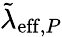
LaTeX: \tilde{\lambda}_{\mathrm{eff},P}